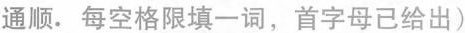
通顺.每空格限填一词,首字母已给出)